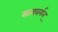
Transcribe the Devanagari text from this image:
सत्यवर्मन्